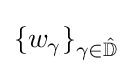
\{w_{\gamma }\}_{\gamma \in {\hat {\mathbb {D} }}}